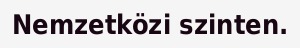
Nemzetközi szinten.